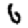
Digit: 6